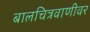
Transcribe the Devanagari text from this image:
बालचित्रवाणीवर